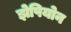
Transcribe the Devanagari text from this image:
झेपियोन